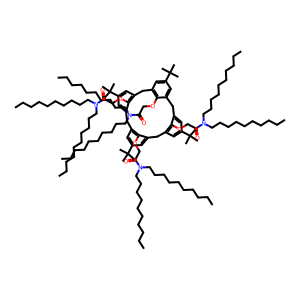
SMILES: CCCCCCCCCCN(CCCCCCCCCC)C(=O)COc1c2cc(C(C)(C)C)cc1Cc1cc(C(C)(C)C)cc(c1OCC(=O)N(CCCCCCCCCC)CCCCCCCCCC)Cc1cc(C(C)(C)C)cc(c1OCC(=O)N(CCCCCCCCCC)CCCCCCCCCC)Cc1cc(C(C)(C)C)cc(c1OCC(=O)N(CCCCCCCCCC)CCCCCCCCCC)C2
Inhibits HIV replication: No